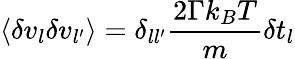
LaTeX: \left\langle\delta v_{l}\delta v_{l^{\prime}}\right\rangle=\delta_{ll^{\prime}}\frac{2\Gamma k_{B}T}{m}\delta t_{l}